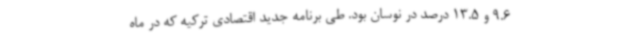
9.6 و 13.5 درصد در نوسان بود. طی برنامه جدید اقتصادی ترکیه که در ماه